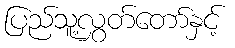
ပြည်သူ့လွှတ်တော်နှင့်